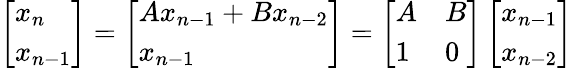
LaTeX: \left[\begin{array}{l}{x_{n}}\\ {x_{n-1}}\end{array}\right]=\left[\begin{array}{l}{Ax_{n-1}+Bx_{n-2}}\\ {x_{n-1}}\end{array}\right]=\left[\begin{array}{ll}{A}&{B}\\ {1}&{0}\end{array}\right]\left[\begin{array}{l}{x_{n-1}}\\ {x_{n-2}}\end{array}\right]